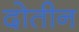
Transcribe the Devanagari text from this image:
दोतीन